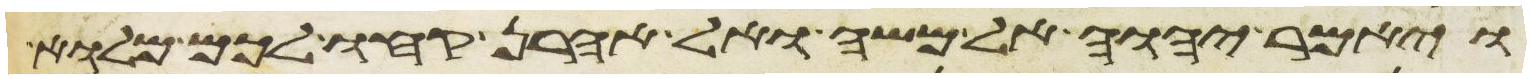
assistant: ויאמר יהוה אל משה ואל אהרן קחו לכם מלוא